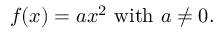
f ( x ) = a x ^ { 2 } { \mathrm { ~ w i t h ~ } } a \neq 0 .